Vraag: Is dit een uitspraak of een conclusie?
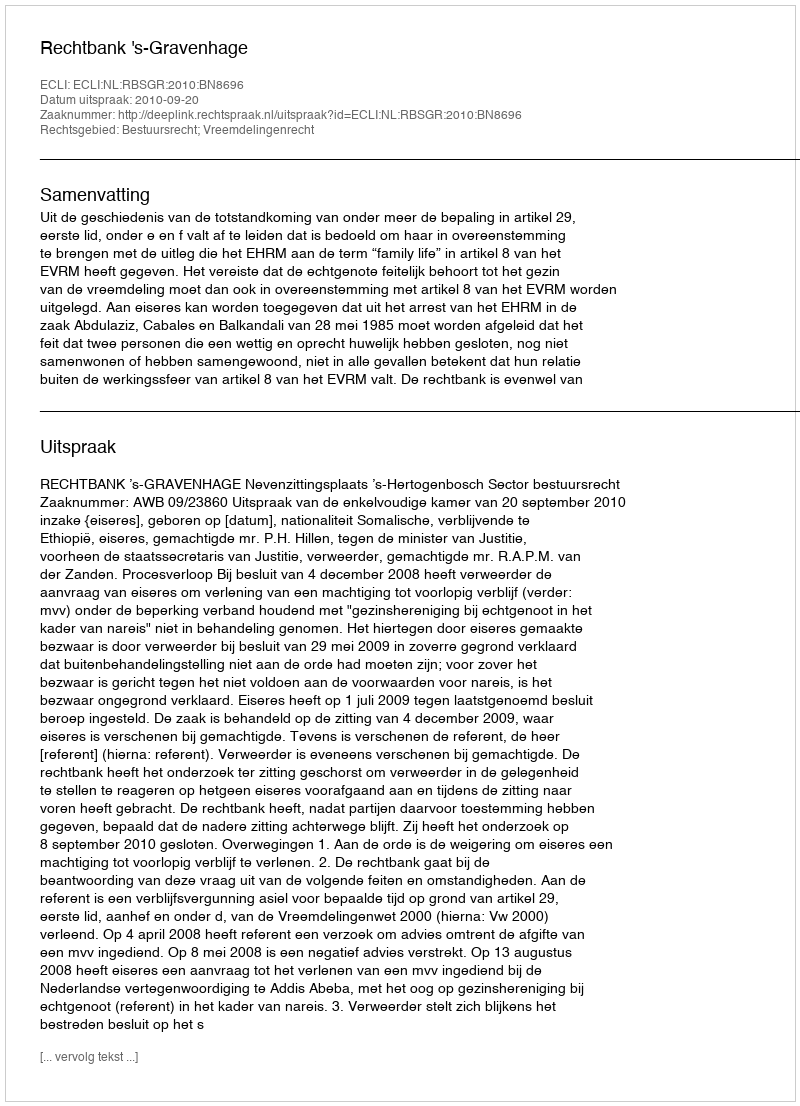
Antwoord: Uitspraak